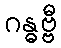
ဂန္ဓဗ္ဗီ